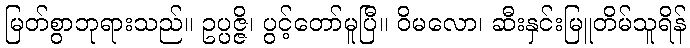
မြတ်စွာဘုရားသည်။ ဥပ္ပဇ္ဇိ၊ ပွင့်တော်မူပြီ။ ဝိမလော၊ ဆီးနှင်းမြူတိမ်သူရိန်